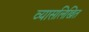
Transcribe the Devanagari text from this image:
व्यासलिखित